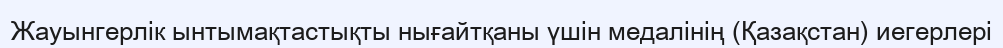
Жауынгерлік ынтымақтастықты нығайтқаны үшін медалінің (Қазақстан) иегерлері